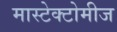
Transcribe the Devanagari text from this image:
मास्टेक्टोमीज